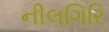
નીલગિરિ